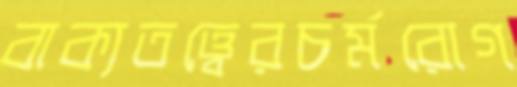
বাক্যতত্ত্বেরচর্মরোগ